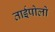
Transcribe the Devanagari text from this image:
ताईपोलो